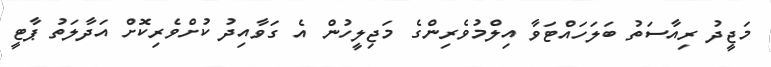
މަޖީދު ރިއާސަތު ބަލަހައްޓަވާ އިލްމުވެރިންގެ މަޖިލީހުން އެ ގަވާއިދު ކުށްވެރިކޮށް އަދާލަތު ޕާޓީ